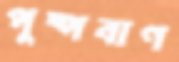
পুষ্পবাণ